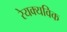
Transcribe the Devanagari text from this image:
रेयक्यविक